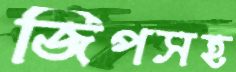
জিপসহ